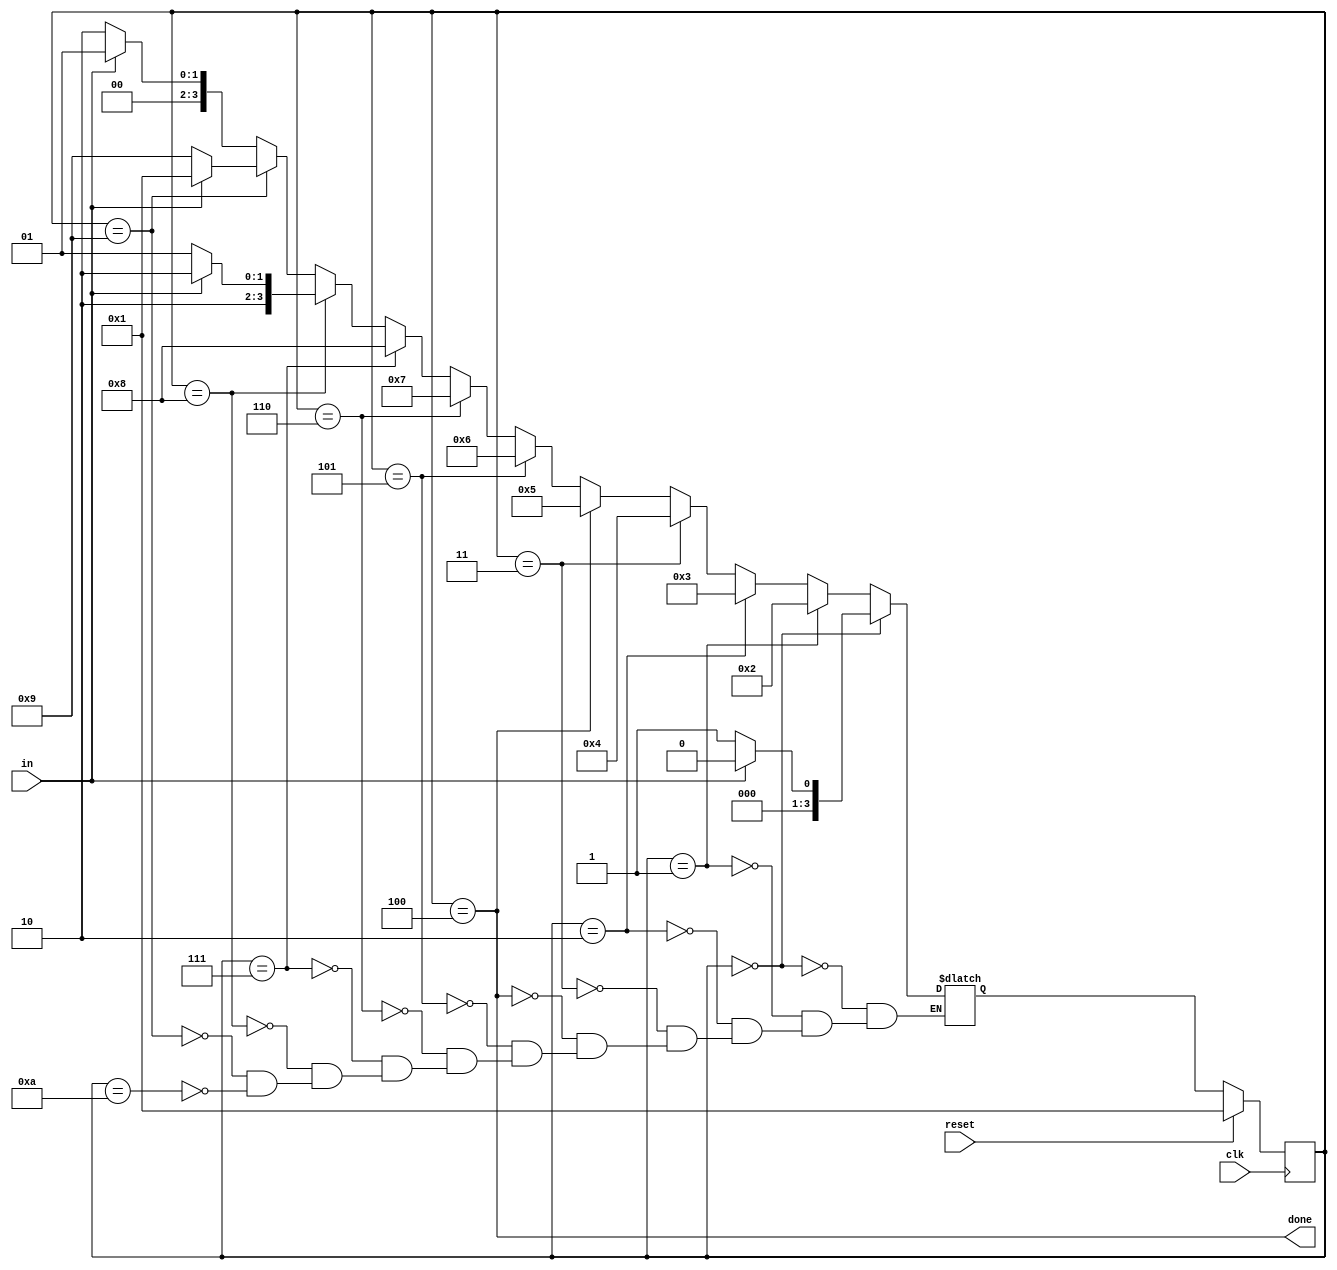
// SECOND ATTEMPT AT THE CODE

module top_module(
    input clk,
    input in,
    input reset,    // Synchronous reset
    output done
); 
    
    reg [3:0] state, next_state;
    parameter X=0,A=1,B=2,C=3,D=4,E=5,F=6,G=7,H=8,Y=9,Z=10;
    
    always @ (*) begin
        if (state == X) begin
            if (in == 0) next_state <= A;
            else next_state <= X;
        end
        else if (state == A) begin
            next_state <= B;
        end
        else if (state == B) begin
            next_state <= C;
        end
        else if (state == C) begin
            next_state <= D;
        end
        else if (state == D) begin
            next_state <= E;
        end
        else if (state == E) begin
            next_state <= F;
        end
        else if (state == F) begin
            next_state <= G;
        end
        else if (state == G) begin
            next_state <= H;
        end
        else if (state == H) begin
            if (in == 0) next_state <= Y;
            else next_state <= Z;
        end
        else if (state == Y) begin
            if (in == 0) next_state <= Y;
            else next_state <= A;
        end
        else if (state == Z) begin
            if (in == 0) next_state <= B;
            else next_state <= A;
        end
    end
    
    always @ (posedge clk) begin
        if (reset) state <= A;
        else state <= next_state;
    end
    
    assign done = (state == D);

endmodule